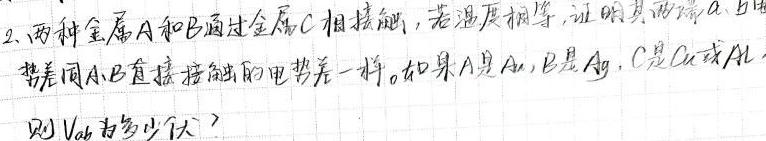
2. 两种金属$A$和$B$通过金属$C$相接触，若温度相等，证明其电势差$A$、$B$与直接接触的电势差一样。如果$A$是$Au$，$B$是$Ag$，$C$是$Cu$或$Al$，则$V_{ab}$为多少伏？